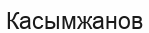
Касымжанов